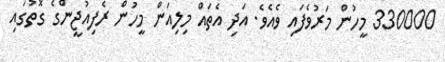
330000 މީހުން މަރުވެފައި ވެއެވެ. އަދި އެތައް މިލިއަން މީހުން ރެފިއުޖީންގެ ގޮތުގައި